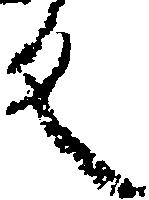
反